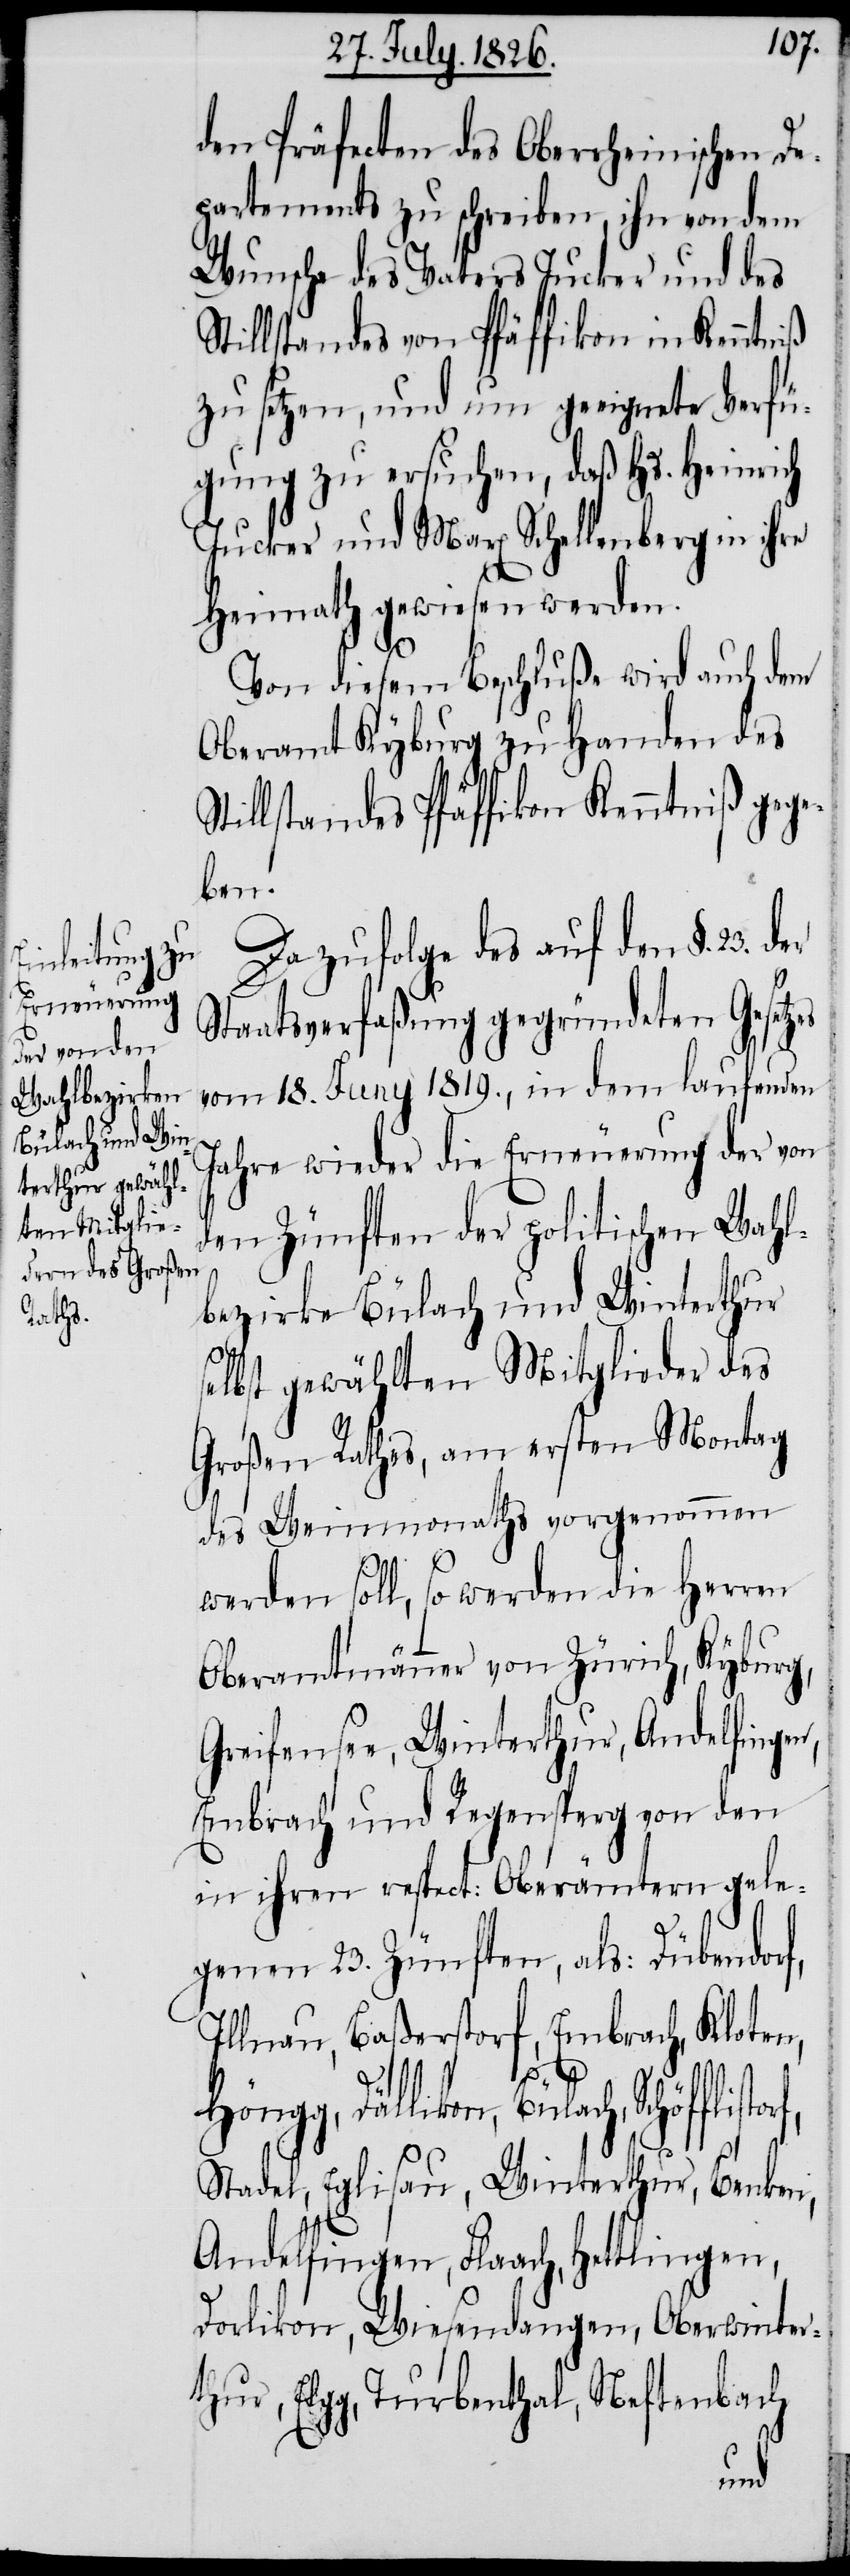
den Präfecten des Oberrheinischen De¬
partements zu schreiben, ihn von dem
Wunsche des Vaters Jucker und des
Stillstandes von Pfäffikon in Kenntniß
zu setzen, und um geeignete Verfü¬
gung zu ersuchen, daß Hs. Heinrich
Jucker und Max Schellenberg in ihre
Heimath gewiesen werden.
Von diesem Beschluße wird auch dem
Oberamt Kyburg zu Handen des
tillstandes Pfäffikon Kenntniß gege¬
ben.
Da zufolge des auf den §. 23.
Staatsverfaßung gegründeten Gesetz¬
vom 18. Juny 1819., in dem laufenden
Jahre wieder die Erneuerung der von
den Zünften der politischen Wahl¬
bezirke Bülach und Winterthur
selbst gewählten Mitglieder des
Großen Rathes, am ersten Montag
des Weinmonaths vorgenommen
werden soll, so werden die Herren
Oberamtmänner von Zürich, Kyburg,
Greifensee, Winterthur, Andelfingen,
Embrach und Regensperg von den
in ihren respect: Oberämtern gele¬
genen 23. Zünften, als: Dübendorf,
Illnau, Baßerstorf, Embrach, Kloten,
es
Höngg, Dällikon, Bülach,
Stadel, Eglisau, Winterthur, Benken,
Andelfingen, Flaach, Hettlingen,
Dorlikon, Wiesendangen, Oberwinter¬
thur, Elgg, Turbenthal, Neftenbach